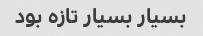
بسیار بسیار تازه بود